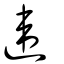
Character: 違